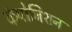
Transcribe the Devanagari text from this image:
कंपोजिशन